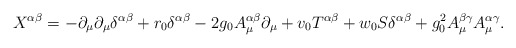
\begin{align*}X^{\alpha \beta} = - \partial_\mu \partial_\mu \delta^{\alpha \beta} + r_0 \delta^{\alpha \beta}- 2 g_0 A_\mu^{\alpha \beta} \partial_\mu + v_0 T^{\alpha \beta} + w_0 S \delta^{\alpha \beta} + g_0^2 A_\mu^{\beta \gamma} A_\mu^{\alpha \gamma}.\end{align*}